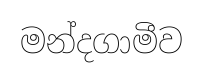
මන්දගාමීව